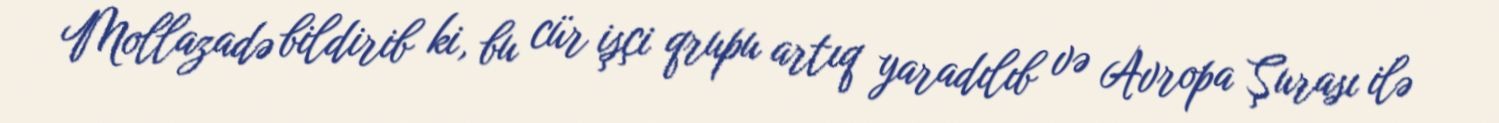
Mollazadə bildirib ki, bu cür işçi qrupu artıq yaradılıb və Avropa Şurası ilə